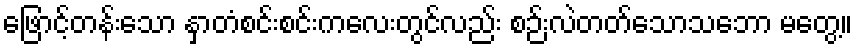
ဖြောင့်တန်းသော နှာတံစင်းစင်းကလေးတွင်လည်း စဉ်းလဲတတ်သောသဘော မတွေ့။